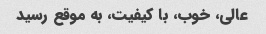
عالی، خوب، با کیفیت، به موقع رسید